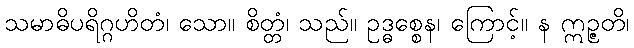
သမာဓိပရိဂ္ဂဟိတံ၊ သော။ စိတ္တံ၊ သည်။ ဥဒ္ဓစ္စေန၊ ကြောင့်။ န ဣဉ္ဇတိ၊